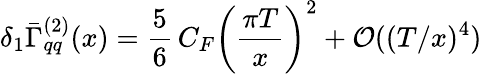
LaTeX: \delta_{1}\bar{\Gamma}_{qq}^{(2)}(x)={\frac{5}{6}}\, C_{F}\left({\frac{\pi T}{x}}\right)^{2}+{\cal O}((T/x)^{4})